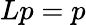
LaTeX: Lp=p